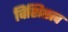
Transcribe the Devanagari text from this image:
विशिष्टत्व